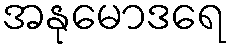
အနုမောဒရေ